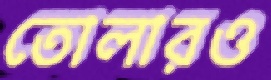
তোলারও